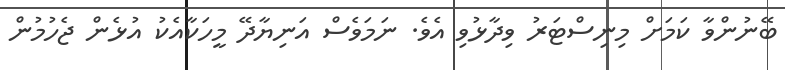
ބޭނުންވާ ކަމަށް މިނިސްޓަރު ވިދާޅުވި އެވެ. ނަމަވެސް އަނިޔާދޭ މީހަކާއެކު އުޅެން ޖެހުމުން